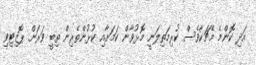
އަދި ކޮންމެ މެޗަކާވެސް ކުރިމަތިލަނީ މޮޅުވާން ކަމަށާއި ކުޅުންތެރިން ތިބީ ވަރަށް ޕޮޒިޓިވި